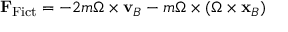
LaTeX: \mathbf { F } _ { \mathrm { F i c t } } = - 2 m { \boldsymbol { \Omega } } \times \mathbf { v } _ { B } - m { \boldsymbol { \Omega } } \times ( { \boldsymbol { \Omega } } \times \mathbf { x } _ { B } )